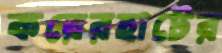
করেরহাটের